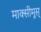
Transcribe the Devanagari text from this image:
माक्सीमूस्